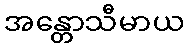
အန္တောသီမာယ